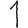
Digit: 1